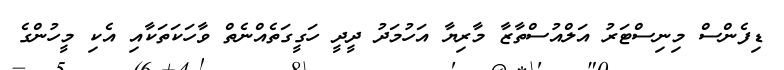
ޑިފެންސް މިނިސްޓަރު އަލްއުސްތާޒާ މާރިޔާ އަހުމަދު ދީދީ ހަގީގަތެއްނެތް ވާހަކަތަކާއި އެކި މީހުންގެ